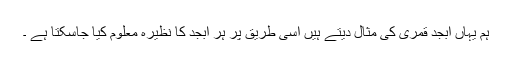
ہم یہاں ابجد قمری کی مثال دیتے ہیں اسی طریق پر ہر ابجد کا نظیرہ معلوم کیا جاسکتا ہے ۔